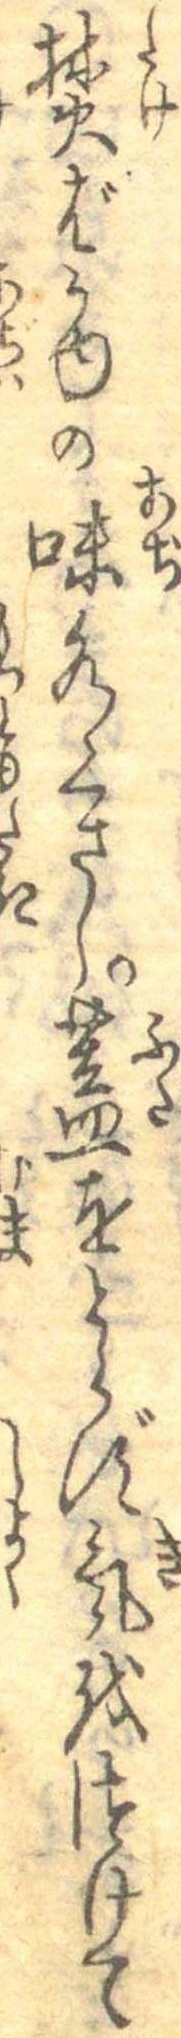
焚ばかゆの味水くさし蓋をとらず気をつけて